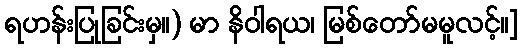
ရဟန်းပြုခြင်းမှ။) မာ နိဝါရယ၊ မြစ်တော်မမူလင့်။]